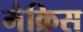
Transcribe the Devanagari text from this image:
मैक्रिस